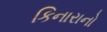
કિનારાનો